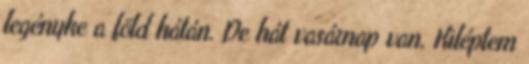
legényke a föld hátán. De hát vasárnap van. Kiléptem